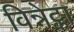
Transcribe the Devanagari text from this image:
विन्नेट्का